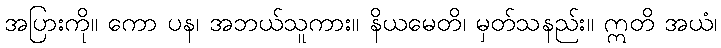
အပြားကို။ ကော ပန၊ အဘယ်သူကား။ နိယမေတိ၊ မှတ်သနည်း။ ဣတိ အယံ၊